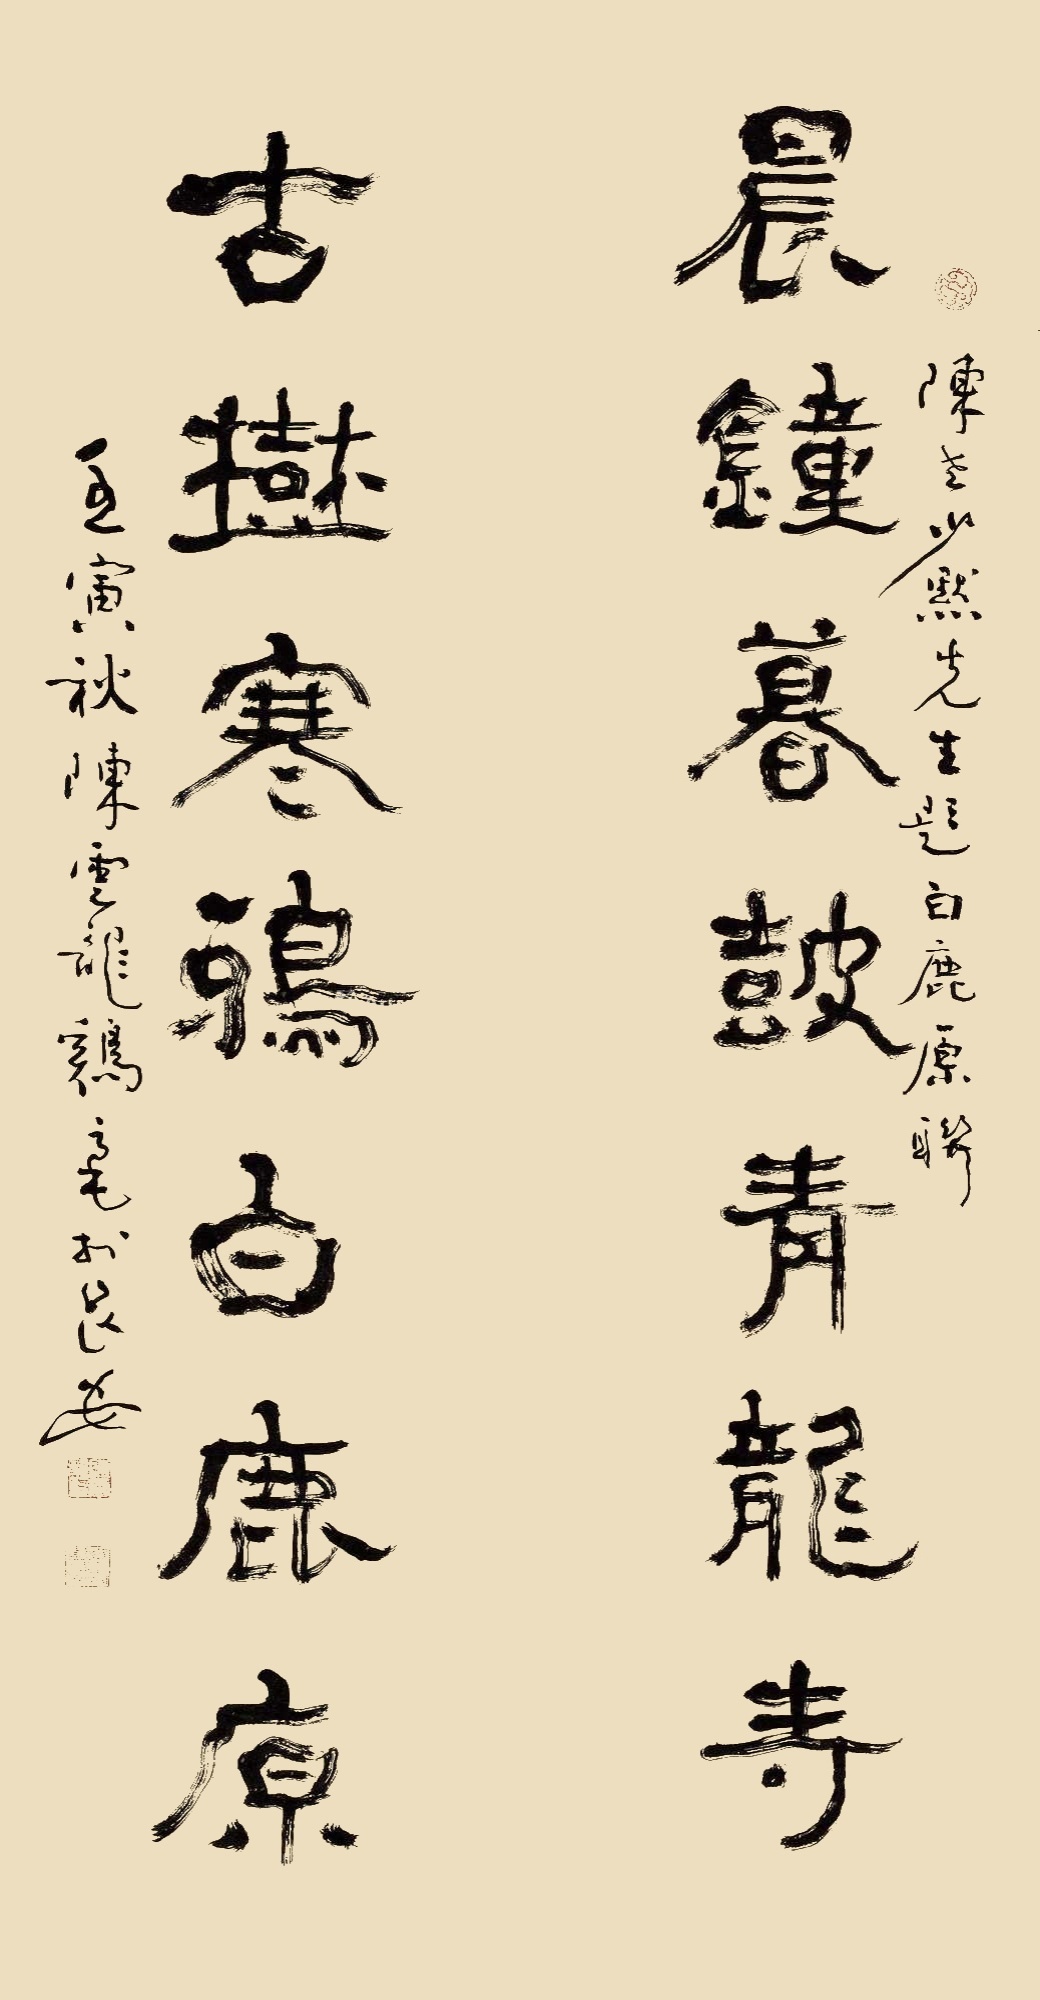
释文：晨钟暮鼓青龙寺，古树寒鸦白鹿原。陈老少默先生题白鹿原联。壬寅仲秋陈云龙鸡毫于长安。